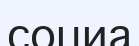
социа